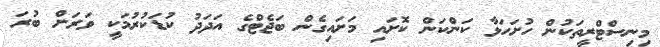
މިނިސްޓްރީތަކުން ހުށަހަޅާ ކަންކަން ކޮށައި މަށައިގެން ބަޖެޓްގެ އަދަދު ކުޑަކުރުމަކީ ވަރަށް ބުރަ